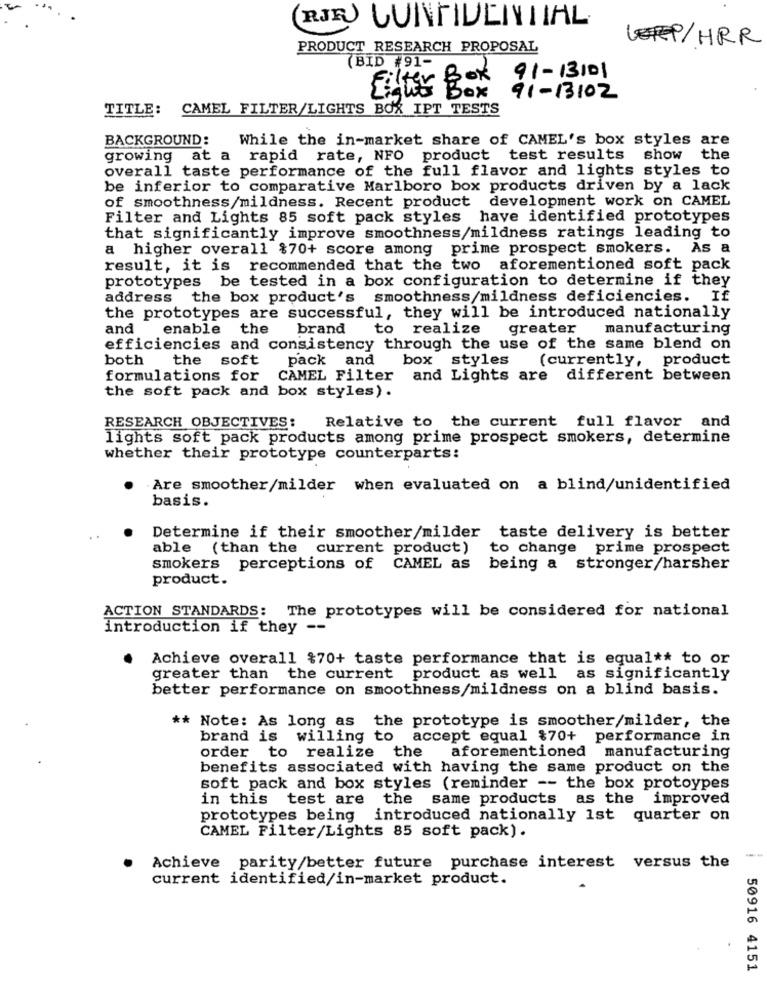
(RJFO CONFIDENTIAL
PRODUCT RESEARCH PROPOSAL
LEFFP/HRR
(BID #91-
Box
91-13/01
Eighty Box
91-13102
TITLE: CAMEL FILTER/LIGHTS BOX IPT TESTS
BACKGROUND: While the in-market share of CAMEL's box styles are
growing at a rapid rate, NFO product test results show the
overall taste performance of the full flavor and lights styles to
be inferior to comparative Marlboro box products driven by a lack
of smoothness/mildness. Recent product development work on CAMEL
Filter and Lights 85 soft pack styles have identified prototypes
that significantly improve smoothness/mildness ratings leading to
a higher overall $70+ score among prime prospect smokers. As a
result, it is recommended that the two aforementioned soft pack
prototypes be tested in a box configuration to determine if they
address the box product's smoothness/mildness deficiencies. If
the prototypes are successful, they will be introduced nationally
and
enable the
brand
to realize
greater
manufacturing
efficiencies and consistency through the use of the same blend on
both
the soft
pack and
box styles
(currently, product
formulations for CAMEL Filter and Lights are different between
the soft pack and box styles) .
RESEARCH OBJECTIVES: Relative to the current full flavor and
lights soft pack products among prime prospect smokers, determine
whether their prototype counterparts:
- Are smoother/milder when evaluated on a blind/unidentified
basis.
Determine if their smoother/milder taste delivery is better
able (than the current product)
to change prime prospect
smokers perceptions of CAMEL as being a stronger/harsher
product.
ACTION STANDARDS: The prototypes will be considered for national
introduction if they -
Achieve overall $70+ taste performance that is equal ** to or
greater than the current product as well as significantly
better performance on smoothness/mildness on a blind basis.
** Note: As long as the prototype is smoother/milder, the
brand is willing to accept equal $70+ performance in
order to realize the
aforementioned manufacturing
benefits associated with having the same product on the
soft pack and box styles (reminder -- the box protoypes
in this test are the same products as the improved
prototypes being introduced nationally 1st quarter on
CAMEL Filter/Lights 85 soft pack).
Achieve parity/better future purchase interest versus the
current identified/in-market product.
50916 4151